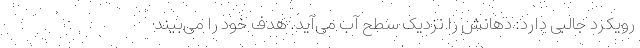
رویکرد جالبی دارد: دهانش را نزدیک سطح آب می‌آید. هدف خود را می‌بیند